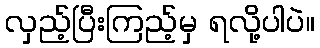
လှည့်ပြီးကြည့်မှ ရလို့ပါပဲ။